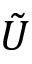
\tilde { U }